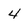
Character: 4